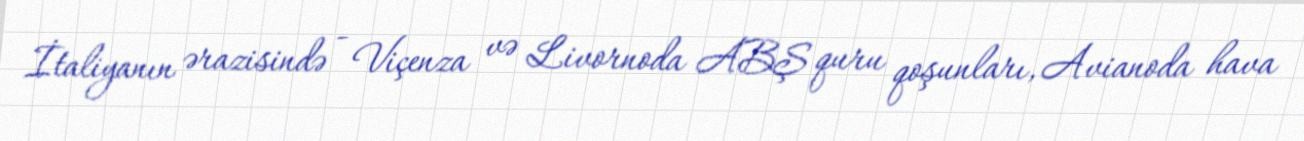
İtaliyanın ərazisində - Viçenza və Livornoda ABŞ quru qoşunları, Avianoda hava